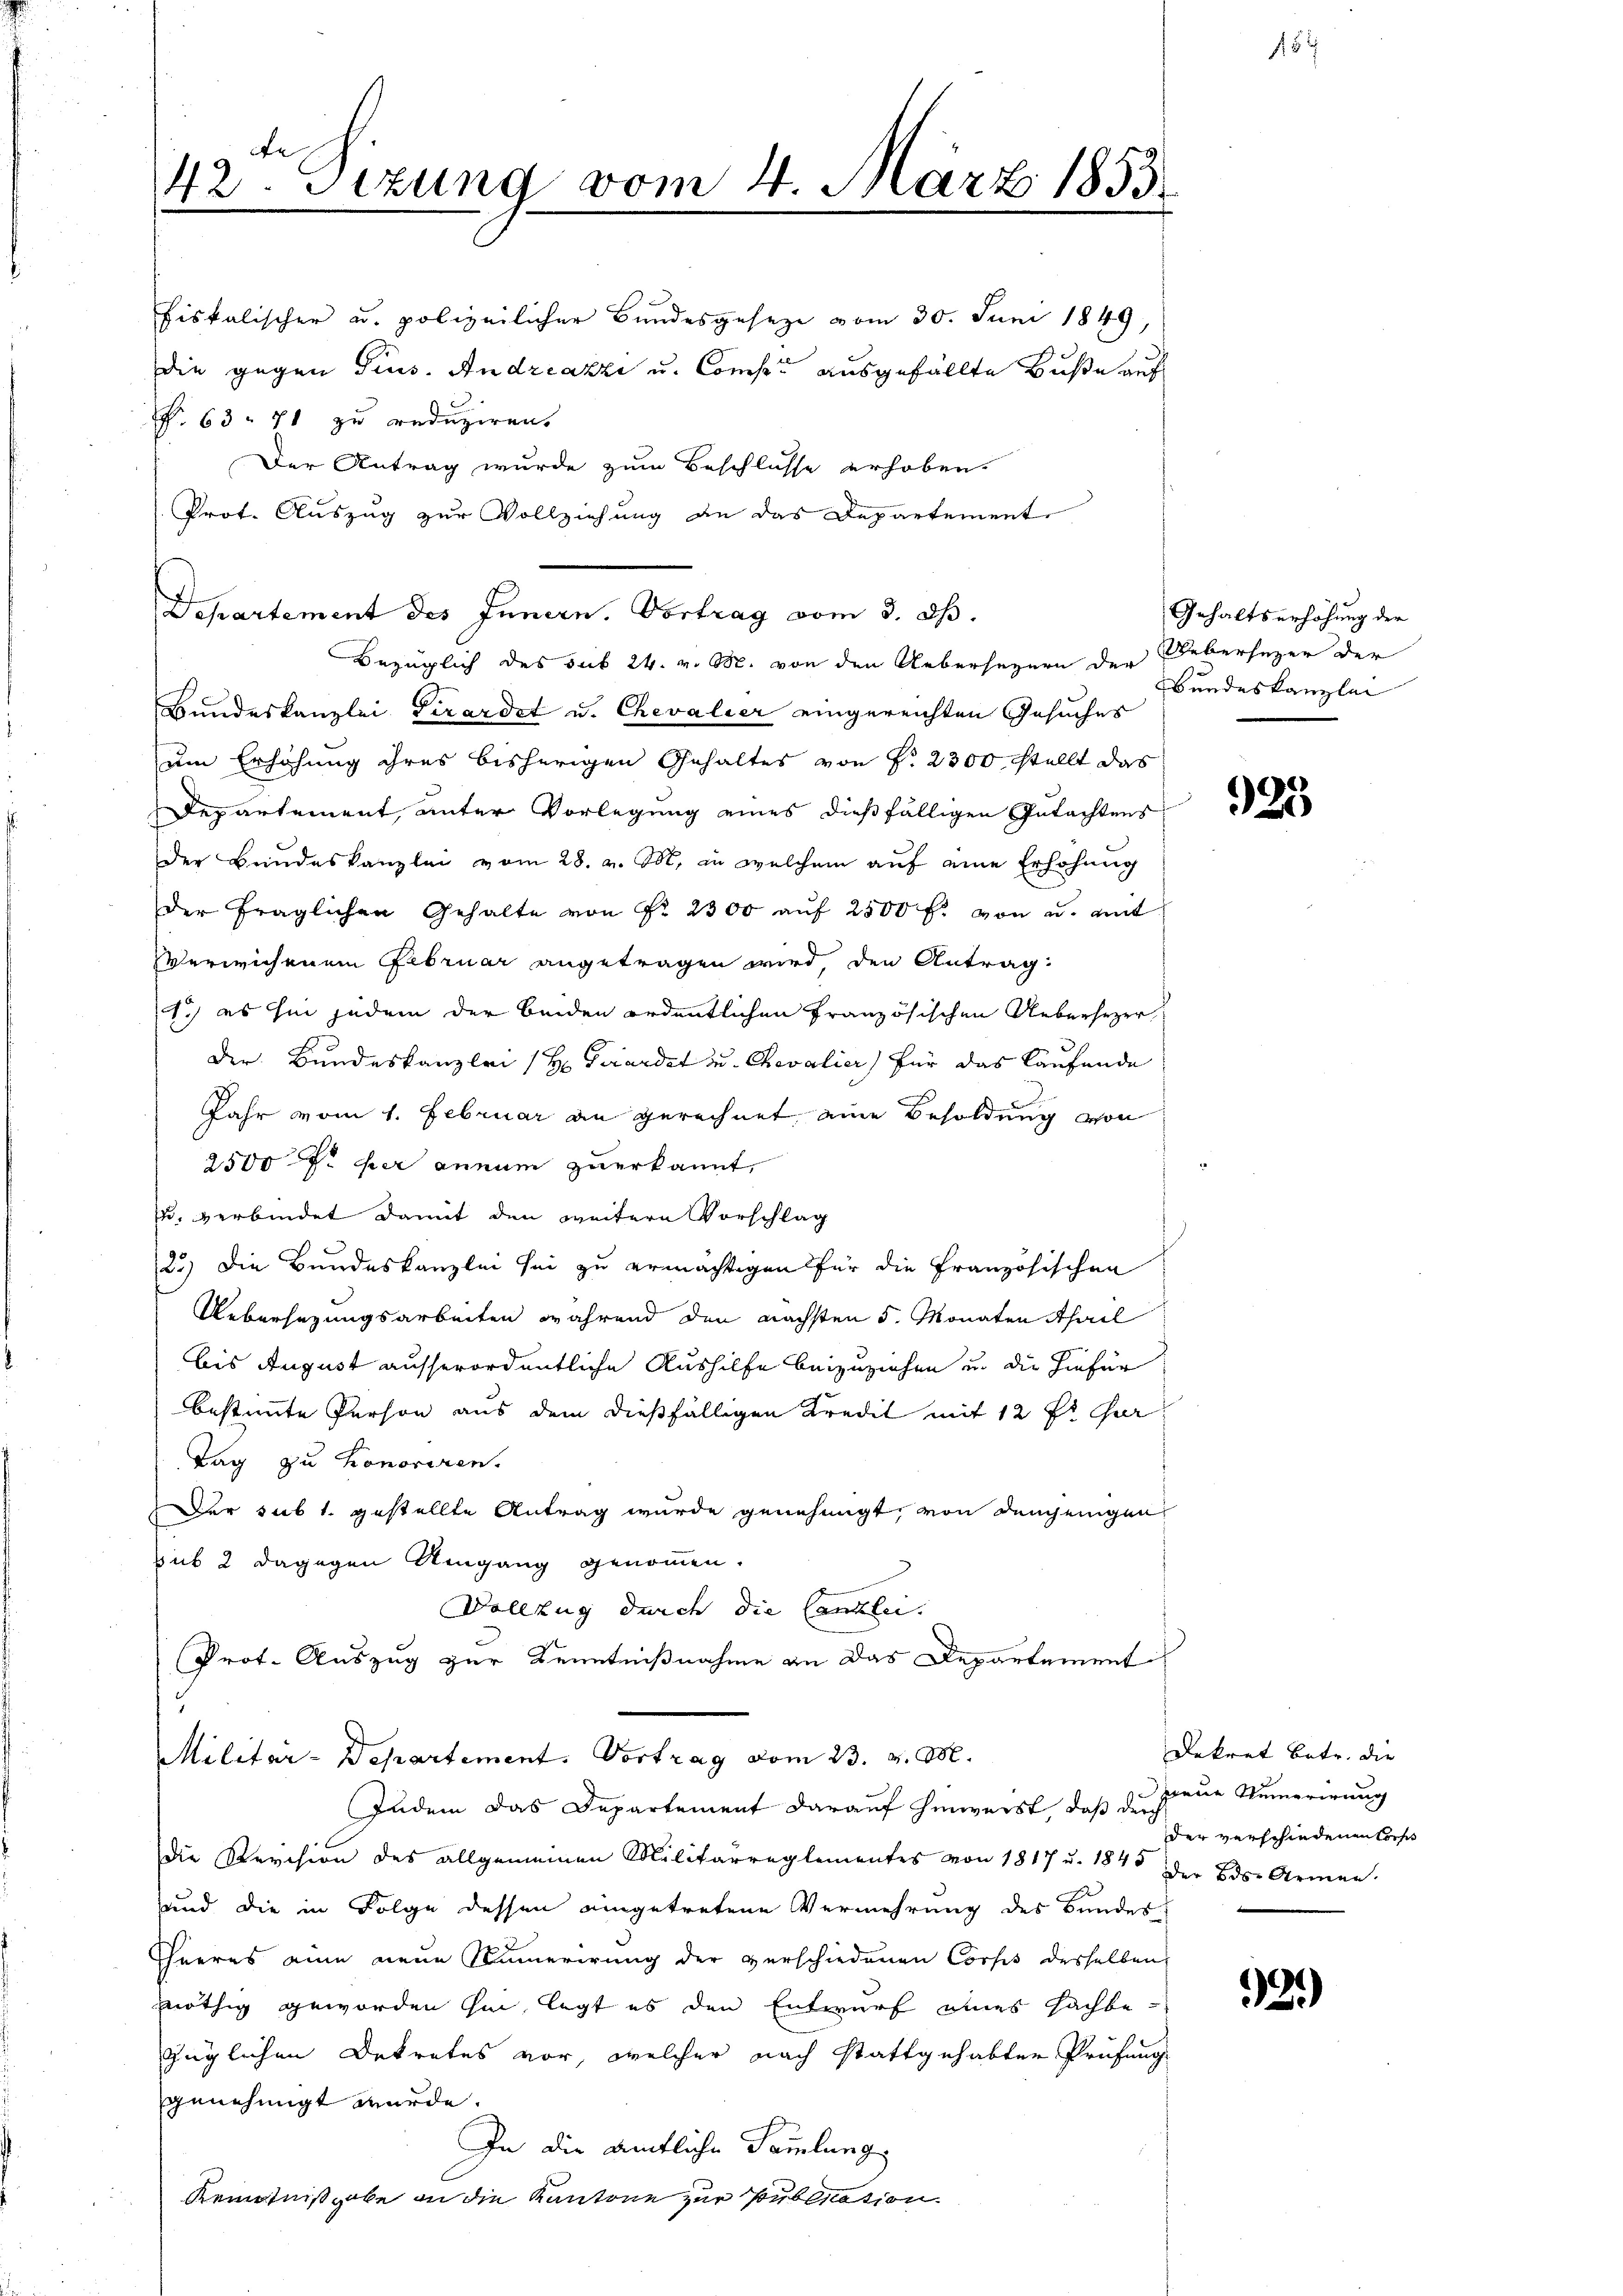
März 1853.
42ten Sizung vom 4

fiskalischer u. polizeilicher Bundesgesetze vom 30. Juni 1849,
die gegen Gius. Andreazzi u. Compen ausgefällte Buße auch
P. 63. 71 zu reduziren.
Der Antrag wurde zum Beschlüsse erhoben.
Prot. Auszug zur Vollziehung an das Departement
Bezüglich des sub 24. v. M. von den Uebersezern der
Bundeskanzlei Pirardet u. Chevalier eingereichten Gesuches
um Erhöhung ihres bisherigen Gehaltes von P. 2300 stellt das
Departement, unter Vorlegung eines dießfälligen Gutachtens
der Bundeskanzlei vom 28. v. M. in welchem aŭf eine Erhöhung
der fraglichen Gehalte von Nr. 2300 aŭf 2500 f. von u. mit
Verwichenem Februar angetragen wird, den Antrag
1.) es hin jedem der beiden ordentlichen Französischen Uebersezer
Der Bundeskanzlei (H. Fiardet u. Chevalier) für das Laufende
Jahr vom 1. Februar an gerechnet, eine Besoldung von
2500 Fr. per annum zuerkannt,
u. verbindet damit den weitere Vorschlag
25) Die Bundeskanzlei sei zu ermächtigen für die Französischen
Uebersezungsarbeiten während den nächsten 5. Monaten Thail
bis August ausserordentliche Aushilfe beizuziehen u. die hiefür
bestimmte Person aus dem dießfälligen Kredit mit 12 fr. Ger
Tag zu honoriren.
Der sub 1. gestellte Antrag wurde genehmigt, von demjenigen
sub 2 dagegen Umgang genommen.
Vollzug durch die Canzlei.
Prot. Auszug zur Kenntnißnahme an das Departement
Militar-Departement. Vortrag vom 23. v. M.
Zudem das Departement darauf hinweist, daß des neue Numerirung
die Revision des allgemeinen Militärreglementes von 1817 u. 1848 der Bds-Armen.
sund die in Folge dessen eingetretene Vermehrung des Bundes
Theeres eine neue Kumerirung der verschiedenen Corps desselben
nöthig geworden hin, legt es den Entwurf eines Fachbe-
züglichen Dekretes vor, welcher nach stattgehabten Prüfung
genehmigt wurde.
In die amtliche Sammlung
Kenntnißgabe an die Kantone zur Publication.

Departement des Innern. Vortrag vom 3. ds.

Gehaltserhöhung der
Uebersezer der
Bundeskanzlei

925

Dekret betr. die
der verschiedenen Lors

1

2.)